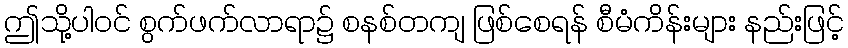
ဤသို့ပါဝင် စွက်ဖက်လာရာ၌ စနစ်တကျ ဖြစ်စေရန် စီမံကိန်းများ နည်းဖြင့်